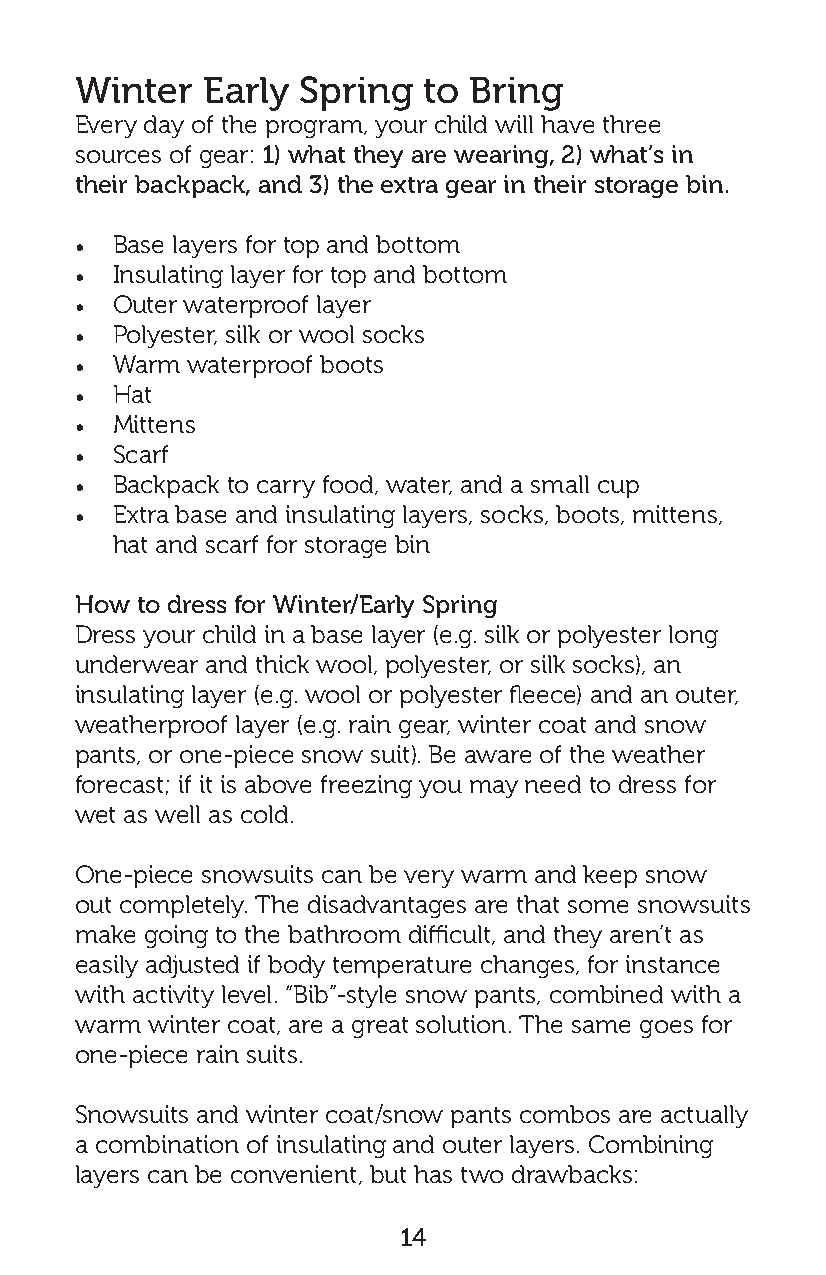
Winter  Early  Spring  to Bring
 Every day of the program, your child will have three
 sources of gear: 1) what they are wearing, 2) what’s in
 their backpack, and 3) the extra gear in their storage bin.
 • Base layers for top and bottom
 • Insulating layer for top and bottom
 • Outer waterproof layer
 • Polyester, silk or wool socks
 • Warm waterproof boots
 • Hat
 • Mittens
 • Scarf
 • Backpack to carry food, water, and a small cup
 • Extra base and insulating layers, socks, boots, mittens,
 hat and scarf for storage bin
 How to dress for Winter/Early Spring
 Dress your child in a base layer (e.g. silk or polyester long
 underwear and thick wool, polyester, or silk socks), an
 insulating layer (e.g. wool or polyester fleece) and an outer,
 weatherproof layer (e.g. rain gear, winter coat and snow
 pants, or one-piece snow suit). Be aware of the weather
 forecast; if it is above freezing you may need to dress for
 wet as well as cold.
 One-piece snowsuits can be very warm and keep snow
 out completely. The disadvantages are that some snowsuits
 make going to the bathroom difficult, and they aren’t as
 easily adjusted if body temperature changes, for instance
 with activity level. “Bib”-style snow pants, combined with a
 warm winter coat, are a great solution. The same goes for
 one-piece rain suits.
 Snowsuits and winter coat/snow pants combos are actually
 a combination of insulating and outer layers. Combining
 layers can be convenient, but has two drawbacks:
 14